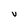
Character: V